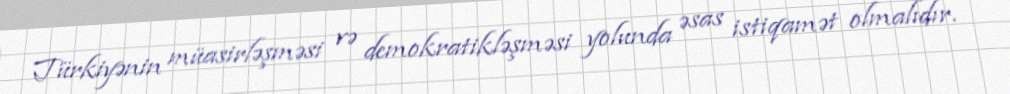
Türkiyənin müasirləşməsi və demokratikləşməsi yolunda əsas istiqamət olmalıdır.